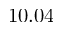
1 0 . 0 4